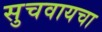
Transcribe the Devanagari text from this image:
सुचवायचा